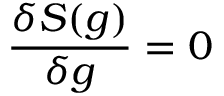
{ \frac { \delta S ( g ) } { \delta g } } = 0